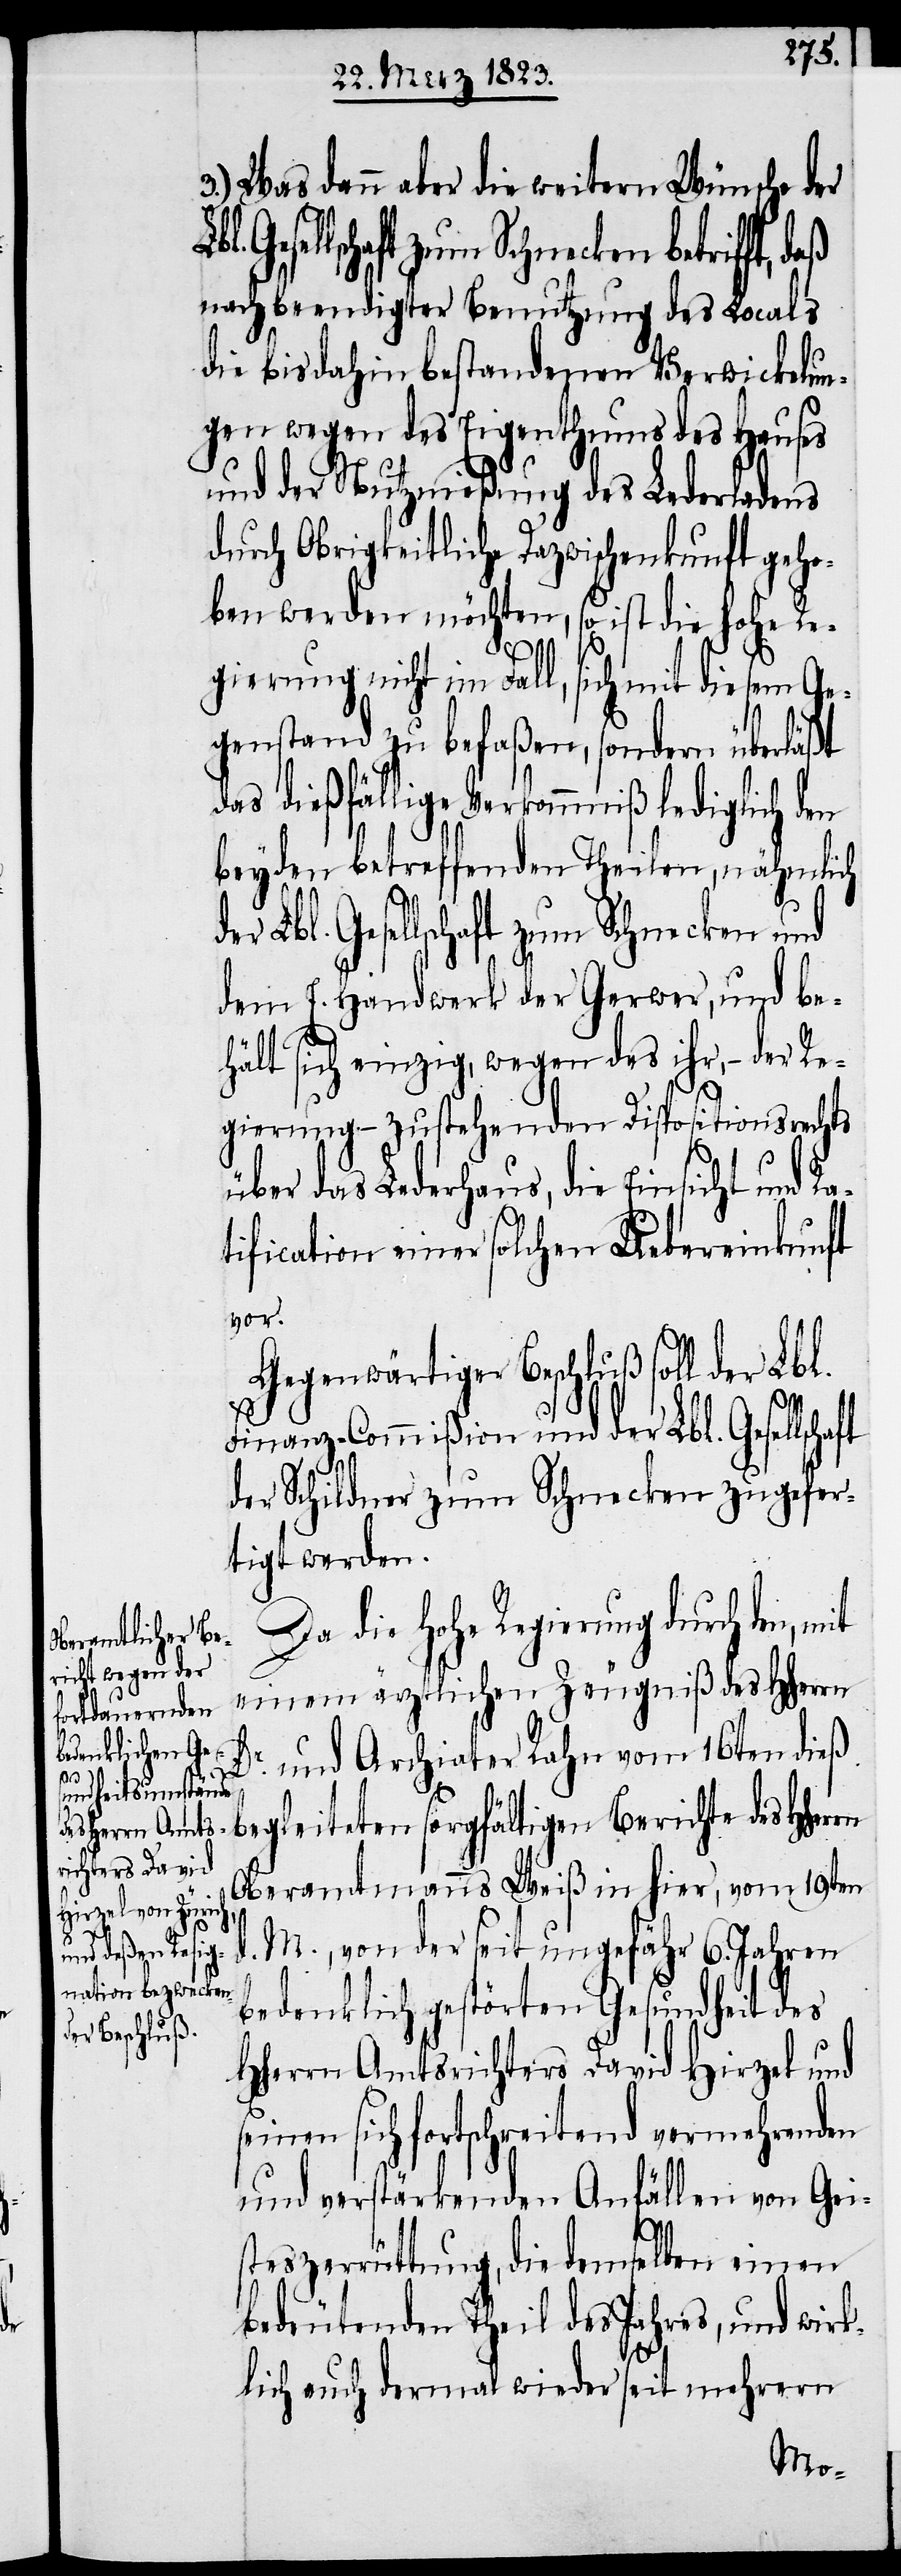
3.) Was dann aber die weitern Wünsche der
Gesellschaft zum Schnecken betrifft,
nach beendigter Benutzung des Locals
die bisdahin bestandenen Verwickelun¬
gen wegen des Eigenthums des Hauses
und der Nutznießung des Lederladens
durch Obrigkeitliche Dazwischenkunft geho¬
ben werden möchten, so ist die hohe Re¬
gierung nicht im Fall, sich mit diesem Ge¬
genstand zu befaßen, sondern überläßt
das dießfällige Verkommniß lediglich den
beyden betreffenden Theilen, nähmlich
Gesellschaft zum Schnecken und
dem E. Handwerk der Gerwer, und be¬
hält sich einzig, wegen des ihr, – der Re¬
gierung – zustehenden Depositionsrechts
über das Lederhaus, die Einsicht und Ra¬
tification einer solchen Uebereinkunft
vor.
Gegenwärtiger Beschluß soll der Lbl.
Finanz-Commißion und der Lbl. Gesellscha¬
der Schildner zum Schnecken zugefer¬
tigt werden.
Da die Hohe Regierung durch den,
einem ärztlichen Zeugniß des Hherrn
und Archiater Rahn vom 16ten dieß
Dr.
begleiteten sorgfältigen Berichte des Hher¬
Oberamtmanns Weiß in hier, vom 19ten
d. M., von der seit ungefähr 6. Jahren
bedenklich gestörten Gesundheit des
Hherrn Amtsrichters David Hirzel und
seinen sich fortschreitend vermehrenden
und verstärkenden Anfällen von Gei¬
rn
steszerrüttung, die demselben einen
bedeutenden Theil des Jahres, und wirk¬
lich auch dermal wieder seit mehrern